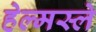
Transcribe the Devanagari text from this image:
हेल्मस्ले